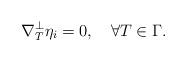
LaTeX: \begin{align*} \nabla^\perp_T\eta_i=0,\quad\forall T\in\Gamma.\end{align*}